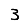
Digit: 3